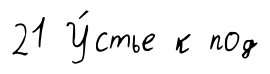
21 У́стье к под